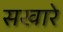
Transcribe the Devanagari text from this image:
सखारे